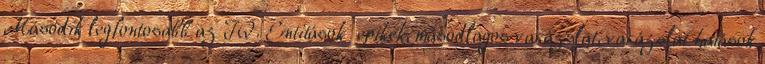
Második legfontosabb az IQ. Entitások epikek, másodlagos varázslat, varázslat hatások